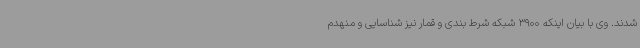
شدند. وی با بیان اینکه 3900 شبکه شرط بندی و قمار نیز شناسایی و منهدم